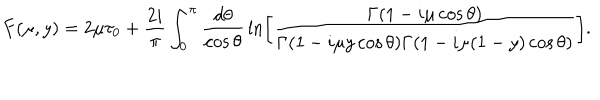
LaTeX: F ( \mu , y ) = 2 \mu \tau _ { 0 } + \frac { 2 i } { \pi } \int _ { 0 } ^ { \pi } \frac { d \theta } { \cos \theta } \, \ln \left[ \frac { \Gamma ( 1 - i \mu \cos \theta ) } { \Gamma ( 1 - i \mu y \cos \theta ) \Gamma ( 1 - i \mu ( 1 - y ) \cos \theta ) } \right] .